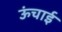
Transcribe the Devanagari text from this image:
ऊंचार्इ